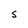
Character: S